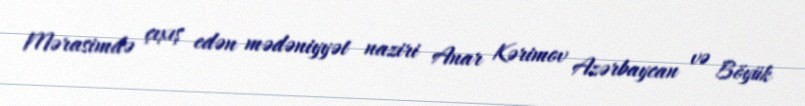
Mərasimdə çıxış edən mədəniyyət naziri Anar Kərimov Azərbaycan və Böyük